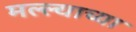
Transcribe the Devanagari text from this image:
मल्ल्याच्या